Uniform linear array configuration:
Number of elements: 4
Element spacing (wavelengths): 0.75
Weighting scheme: cosine
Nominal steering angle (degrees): -60
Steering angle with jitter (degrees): -61.626
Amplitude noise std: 0.05
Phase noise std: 0.05

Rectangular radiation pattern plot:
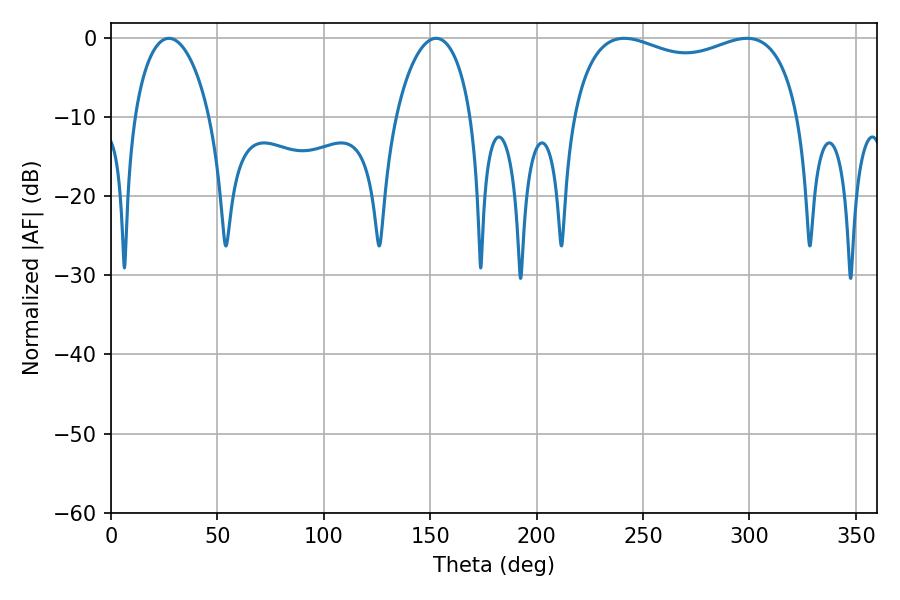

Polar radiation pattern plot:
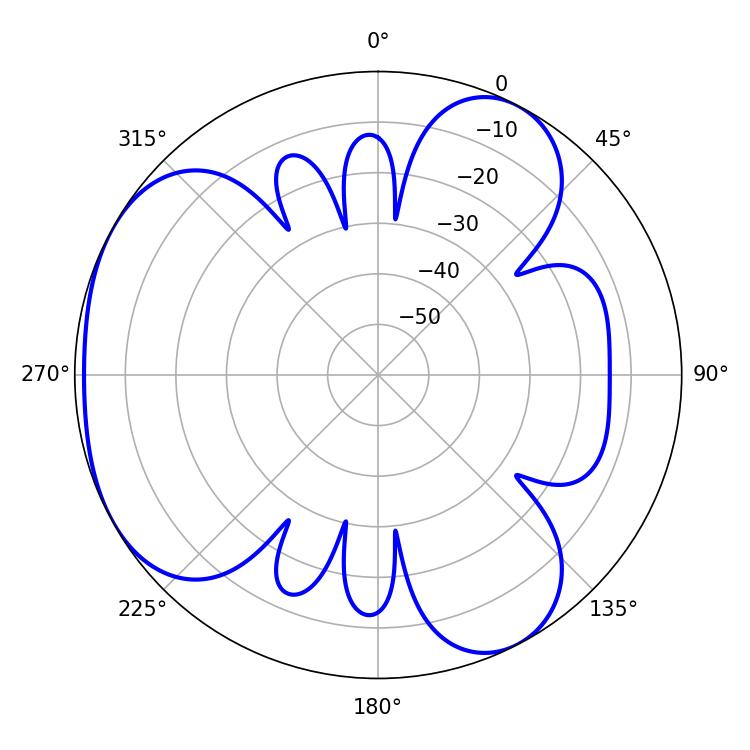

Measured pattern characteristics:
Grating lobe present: TRUE
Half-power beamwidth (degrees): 87.84
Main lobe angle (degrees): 298.8